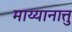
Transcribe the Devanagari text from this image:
माय्यानात्तु